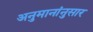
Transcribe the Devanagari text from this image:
अनुमानांनुसार